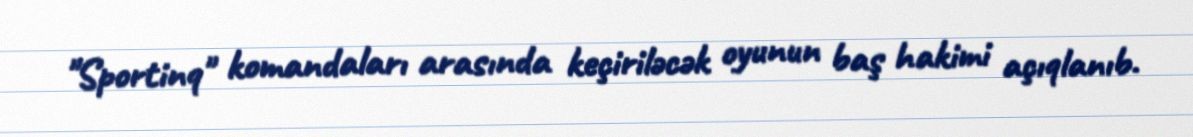
"Sportinq" komandaları arasında keçiriləcək oyunun baş hakimi açıqlanıb.